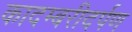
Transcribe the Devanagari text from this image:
कादम्बरीदर्पण